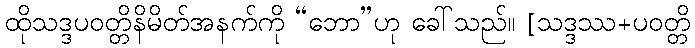
ထိုသဒ္ဒပဝတ္တိနိမိတ်အနက်ကို “ဘော”ဟု ခေါ်သည်။ [သဒ္ဒဿ+ပဝတ္တိ